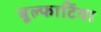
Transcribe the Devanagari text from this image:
बूल्फार्टिया